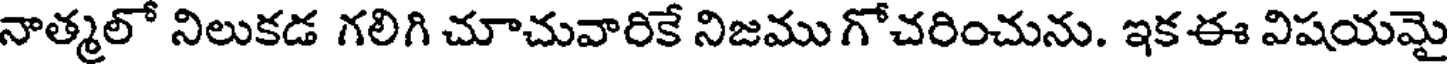
నాత్మలో నిలుకడ గలిగి చూచువారికే నిజము గోచరించును. ఇక-ఈ విషయమై